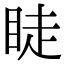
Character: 𥆥